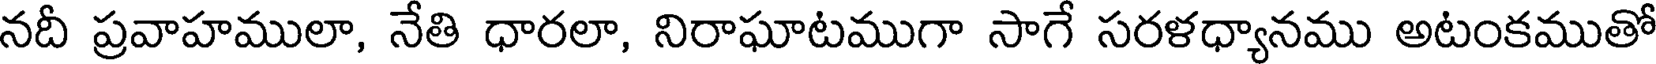
నదీ ప్రవాహములా, నేతి ధారలా, నిరాఘాటముగా సాగే సరళధ్యానము అటంకముతో